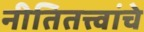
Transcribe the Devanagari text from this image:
नीतितत्त्वांचे